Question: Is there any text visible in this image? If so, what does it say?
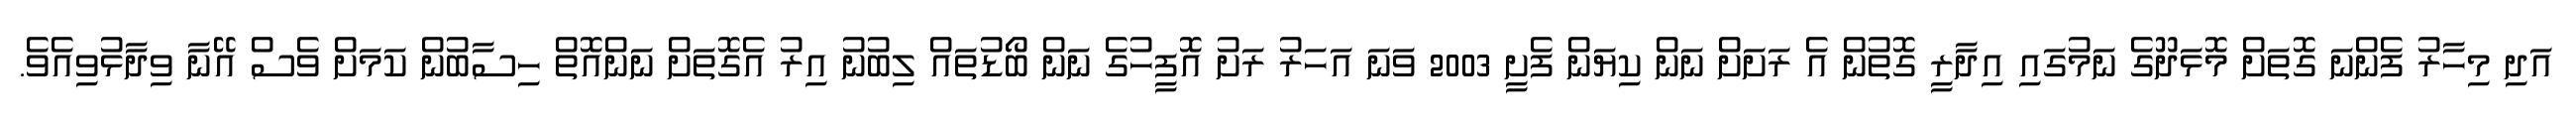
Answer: އަދި މިހާރު ފެންނަ ގޮތަށް މޮޅަދޫގެ ނަމުގައި އިދާރީ ގޮތުން އެ ރަށަށް ނަން ކިޔަން ފެށީ 2003 ވަނަ އަހަރު ރަށު އޮފީހުގެ ނަން ބޯޑުތައް ލިބުނު އިރު އެގޮތަށް ނަންއޮތް ހިސާބުން ކަމަށް ވެސް އޭނާ ވިދާޅުވިއެވެ.